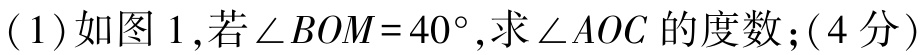
(1)如图1,若$\angle BOM = 40^{\circ}$,求$\angle AOC$的度数;(4分)